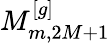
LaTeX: M_{m,2M+1}^{[g]}